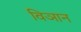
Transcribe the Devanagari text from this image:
विञान